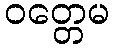
ဝတ္တေမ